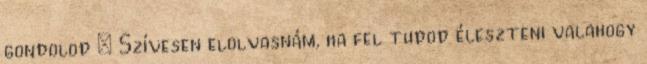
gondolod ; Szívesen elolvasnám, ha fel tudod éleszteni valahogy